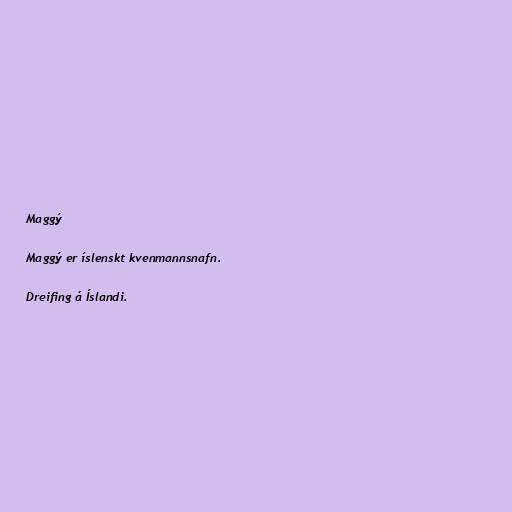
Maggý

Maggý er íslenskt kvenmannsnafn.

Dreifing á Íslandi.